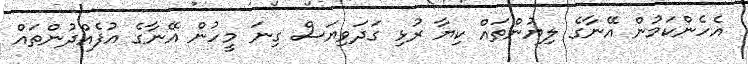
އެހެންކަމުން އޭނާގެ ލިޔުންތައް ކިޔާ ރުޅި ގަދަވިޔަސް ގިނަ މީހުން އޭނާގެ އުފެއްދުންތައް